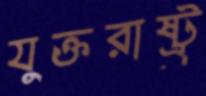
যুক্তরাষ্ট্র্র